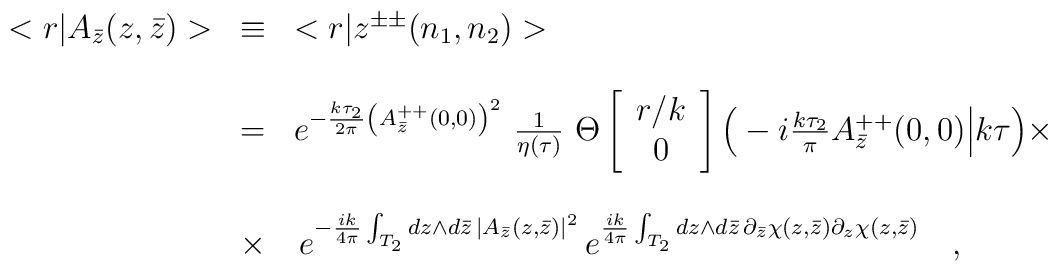
\begin{array}{r c l}<r|A_{\bar{z}}(z,\bar{z})>&\equiv&<r|z^{\pm\pm}(n_1,n_2)>\\& & \\&=&e^{-\frac{k\tau_2}{2\pi}\left(A^{++}_{\bar{z}}(0,0)\right)^2}\ \frac{1}{\eta(\tau)}\ \Theta\left[\begin{array}{c}	r/k\\	0	\end{array}\right]\Big(-i\frac{k\tau_2}{\pi}A^{++}_{\bar{z}}(0,0)\Big|k\tau\Big)\times\\ & & \\&\times&\,e^{-\frac{ik}{4\pi}\int_{T_2}dz\wedge d\bar{z}\,\left|A_{\bar{z}}(z,\bar{z})\right|^2}\,e^{\frac{ik}{4\pi}\int_{T_2}dz\wedge d\bar{z}\,\partial_{\bar{z}}\chi(z,\bar{z})\partial_z\chi(z,\bar{z})}\ \ \ ,\end{array}